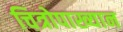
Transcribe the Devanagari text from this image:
चित्रोपाख्यान